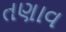
તણાવ